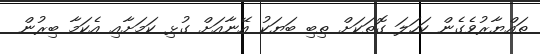
ތައްޔާރުވެގެން ކަހަލަ ގޮތަކަށް ތިބި ބަޔަކު އޭނާއަށް ގުޅި ކަމަށާއި އެކަމާ ބިރުން